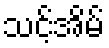
သင့်အိမ်